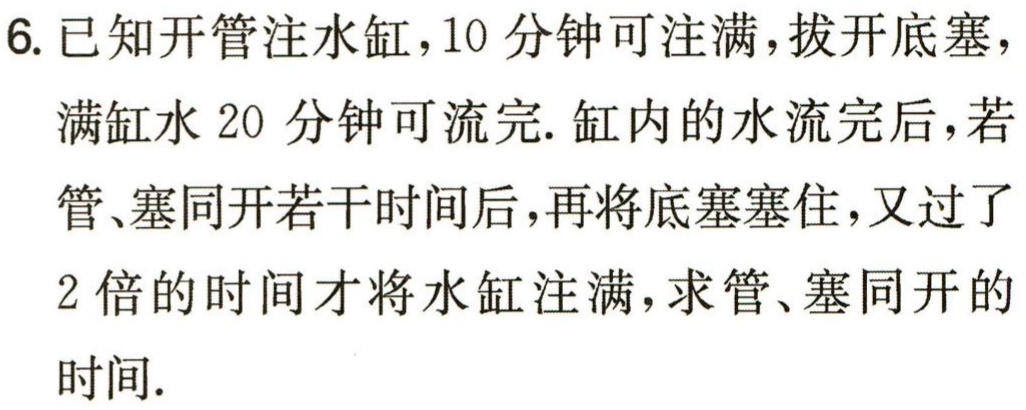
6. 已知开管注水缸，10 分钟可注满，拔开底塞，
满缸水 20 分钟可流完. 缸内的水流完后，若
管、塞同开若干时间后，再将底塞塞住，又过了
2 倍的时间才将水缸注满，求管、塞同开的
时间.